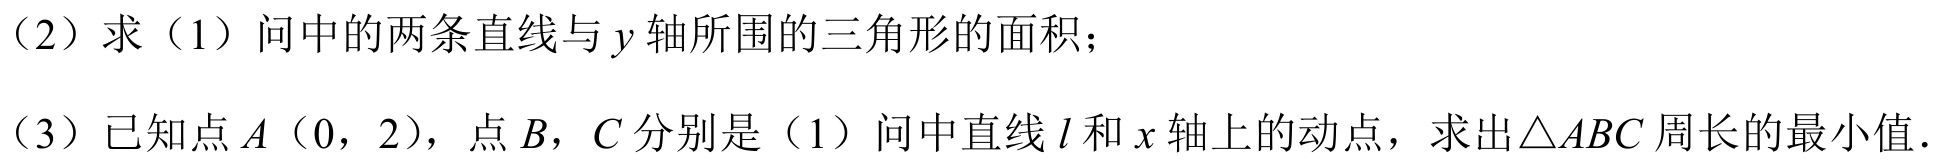
（2）求（1）问中的两条直线与\(y\)轴所围的三角形的面积；
（3）已知点\(A(0,2)\)，点\(B\)，\(C\)分别是（1）问中直线\(l\)和\(x\)轴上的动点，求出\(\triangle ABC\)周长的最小值．